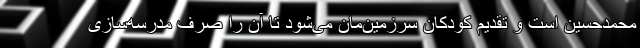
محمدحسین است و تقدیم کودکان سرزمین‌مان می‌شود تا آن را صرف مدرسه‌سازی